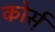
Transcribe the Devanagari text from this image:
कोर्स़